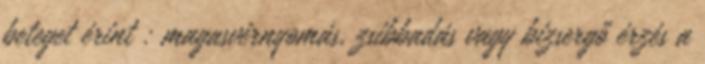
beteget érint : magasvérnyomás, zsibbadás vagy bizsergő érzés a